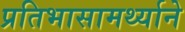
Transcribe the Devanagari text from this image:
प्रतिभासामर्थ्याने